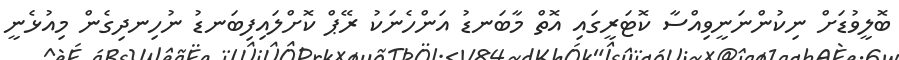
ބޮލީވުޑަށް ނިކުންނަނީވިއްސާ ކޮޓަރީގައި އޮތް މާބަނޑު އަންހެނަކު ރޭޕް ކޮށްލައިފިބަނޑު ނުހިނދިގެން މިއުޅެނީ